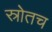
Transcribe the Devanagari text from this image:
स्रोतच